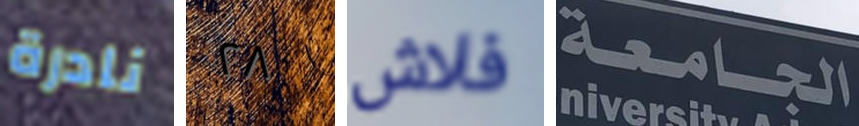
نادرة ٢٨ فلاش الجامعة